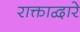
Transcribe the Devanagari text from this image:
राक्ताद्वारे